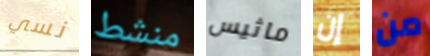
نسي منشط ماثيس إن من